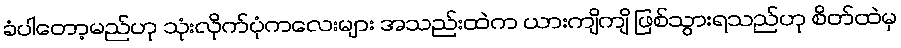
ခံပါတော့မည်ဟု သုံးလိုက်ပုံကလေးများ အသည်းထဲက ယားကျိကျိ ဖြစ်သွားရသည်ဟု စိတ်ထဲမှ